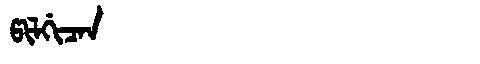
Manchu: ᡦᡳᠯᡤᡳᠴᠠᠨ
Romanization: PILGICAN